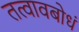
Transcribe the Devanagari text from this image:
तत्वावबोधं